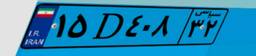
۱۵D۴۰۸۳۲